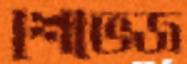
শেভেজ